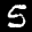
Label: 5